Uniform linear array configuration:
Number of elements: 12
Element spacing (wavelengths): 1
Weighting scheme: cosine
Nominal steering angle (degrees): -30
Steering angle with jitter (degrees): -30.719
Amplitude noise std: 0.05
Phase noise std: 0.05

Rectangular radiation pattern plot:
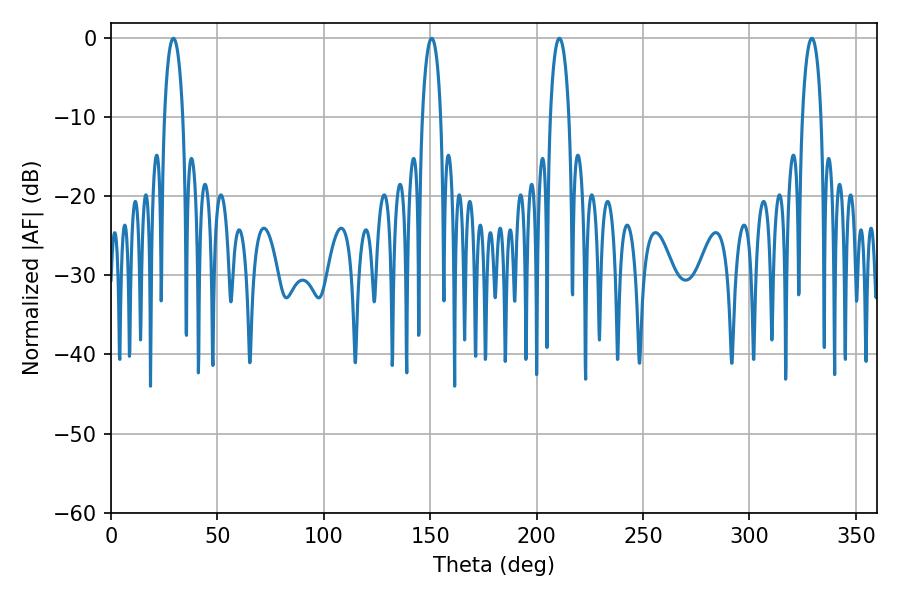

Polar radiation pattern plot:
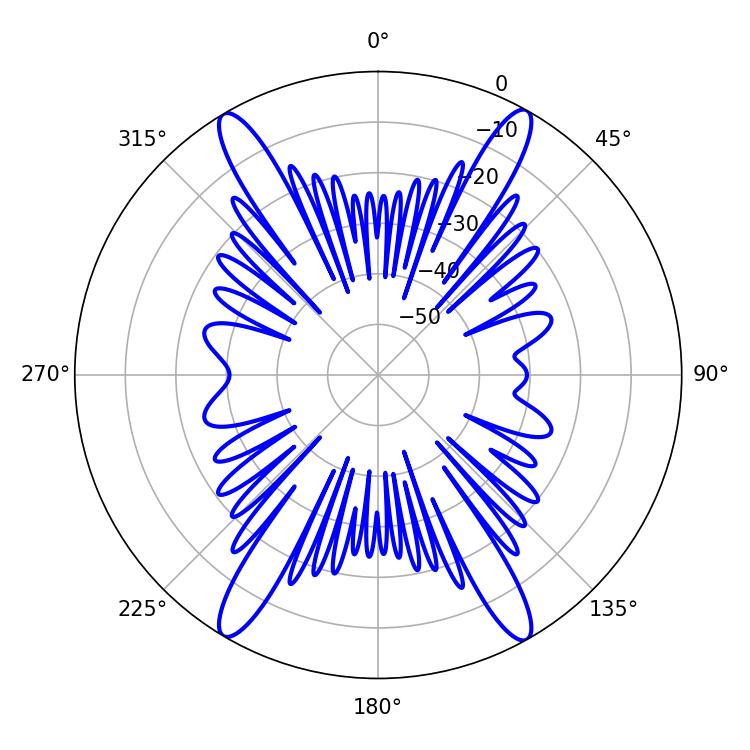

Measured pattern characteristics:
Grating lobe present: TRUE
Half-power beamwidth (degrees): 5.04
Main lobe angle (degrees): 29.34